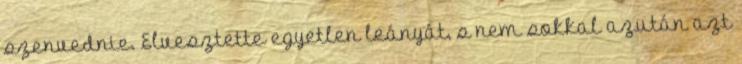
szenvednie. Elvesztette egyetlen leányát, s nem sokkal azután azt